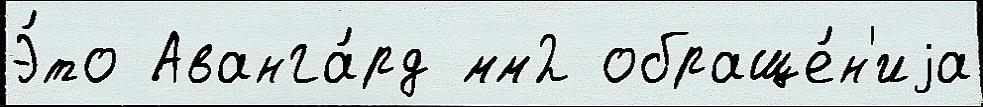
Э́то Аванга́рд мм2 обраще́н'иjа